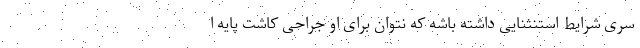
سری شرایط استنثنایی داشته باشه که نتوان برای او جراحی کاشت پایه ا